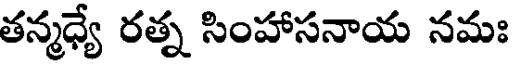
తన్మధ్య రత్న సింహాసనాయ నమః